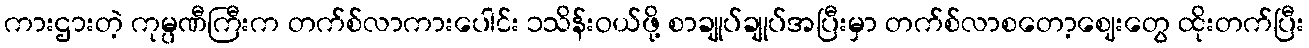
ကားဌားတဲ့ ကုမ္ပဏီကြီးက တက်စ်လာကားပေါင်း ၁သိန်းဝယ်ဖို့ စာချုပ်ချုပ်အပြီးမှာ တက်စ်လာစတော့ဈေးတွေ ထိုးတက်ပြီး